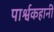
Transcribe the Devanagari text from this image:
पार्श्वकहानी